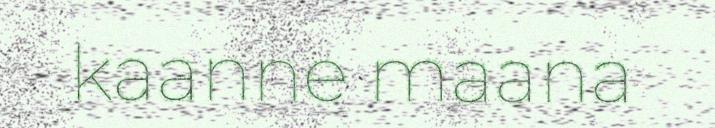
kaanne maana